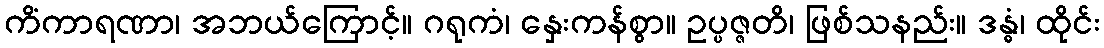
ကိံကာရဏာ၊ အဘယ်ကြောင့်။ ဂရုကံ၊ နှေးကန်စွာ။ ဥပ္ပဇ္ဇတိ၊ ဖြစ်သနည်း။ ဒန္ဓံ၊ ထိုင်း